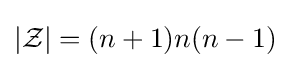
\left|{\mathcal {Z}}\right|=(n+1)n(n-1)